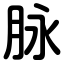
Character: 脉